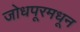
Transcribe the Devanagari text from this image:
जोधपूरमधून